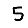
Digit: 5